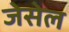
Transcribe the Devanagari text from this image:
जेसेल